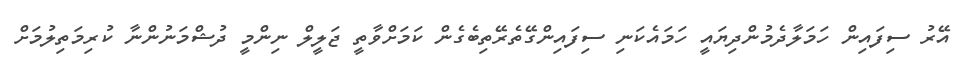
އޭރު ސިފައިން ހަމަލާދެމުންދިޔައީ ހަމައެކަނި ސިފައިންގޭތެރޭތިބެގެން ކަމަށްވާތީ ޖަލީލް ނިންމީ ދުޝްމަނުންނާ ކުރިމަތިލުމަށް